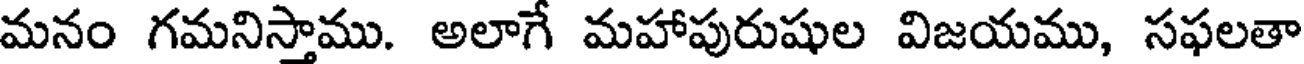
మనం గమనిస్తాము. అలాగే మహాపురుషుల విజయము, సఫలతా